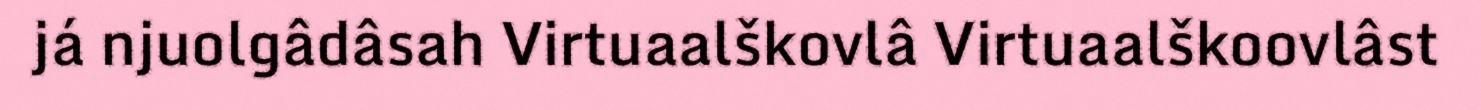
já njuolgâdâsah Virtuaalškovlâ Virtuaalškoovlâst